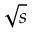
\sqrt { s }